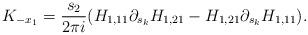
LaTeX: \begin{align*}K_{-x_{1}} = \frac{s_{2}}{2\pi i} (H_{1,11} \partial_{s_{k}}H_{1,21}-H_{1,21}\partial_{s_{k}}H_{1,11}).\end{align*}